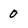
Character: 0